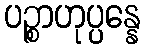
ပဉ္စာဟုပ္ပန္နေ